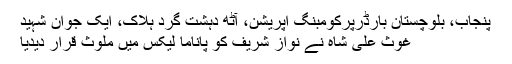
پنجاب، بلوچستان بارڈرپرکومبنگ آپریشن، آٹھ دہشت گرد ہلاک، ایک جوان شہید
غوث علی شاہ نے نواز شریف کو پاناما لیکس میں ملوث قرار دیدیا